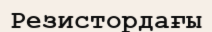
Резистордағы